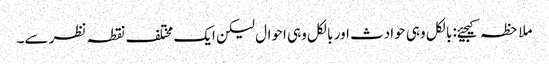
ملاحظہ کیجیئے: بالکل وہی حوادث اور بالکل وہی احوال لیکن ایک مختلف نقطہ نظر سے۔